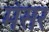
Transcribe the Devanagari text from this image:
मंसर